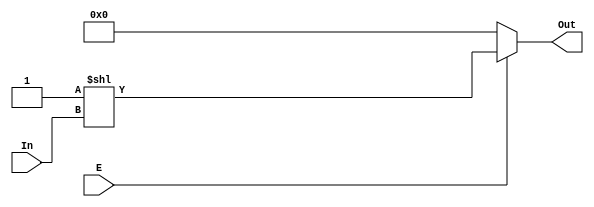
module decoder_2_4(E , In , Out);                       //2-4 decoder
input E;                                                //
input [1:0] In;                                         //
output [3:0] Out;                                       //
wire [3:0] Out;                                         //
assign Out = E ? 1'b1 << In : 4'h0;                     //E0Out0000; E1Out1InIn
endmodule

module decoder_3_8(E , In , Out);
input E;                                                //
input [2:0] In;                                         //
output [7:0] Out;                                       //
wire E1 , G1 , G2;                                      //E1In[2]G1block1G2block1
not u1(E1 , In[2]);                                     //In[2]E1
and a1(G1 , E , In[2]);                                 //EIn[2] andG1
and a2(G2 , E , E1);                                    //EE1 andG2
decoder_2_4 block1(G1 , In[1 : 0] , Out[7 : 4]);        //decoder_2_4moduleG1In[1:0]Out[7:4]
decoder_2_4 block2(G2 , In[1 : 0] , Out[3 : 0]);        //decoder_2_4moduleG1In[1:0]Out[3:0]
endmodule


module clkgen(clka, clkb, clka_out, clkb_out);
input clka, clkb;                                       //clkaclkb
output clka_out, clkb_out;                              //clka_outclkb_out
reg clka_out, clkb_out;                                 //clka_outclkb_out
always @(clka) begin
    clka_out = clka;                                    //clkaclka_out
end
always @(clkb) begin
    clkb_out = clkb;                                    //clkbclkb_out
end
endmodule